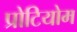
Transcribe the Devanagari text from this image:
प्रोटियोम